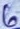
Text: 6